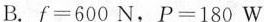
B.f=600N，P=180W